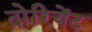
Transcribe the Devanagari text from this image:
दोरियेंट